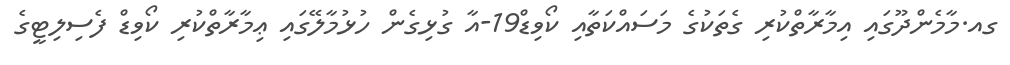
ގއ.މާމެންދޫގައި އިމާރާތްކުރި ގެތަކުގެ މަސައްކަތާއި ކޯވިޑް19-އާ ގުޅިގެން ހުޅުމާލޭގައި ޢިމާރާތްކުރި ކޯވިޑް ފެސިލިޓީގެ